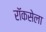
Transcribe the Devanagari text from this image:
रॉकसेला